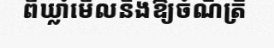
ពីឃ្លាំមើលនិងឱ្យចំណីត្រី